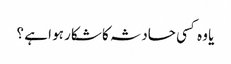
یا وہ کسی حادثہ کا شکار ہو ا ہے ؟